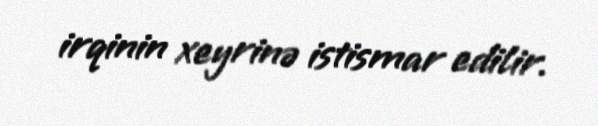
irqinin xeyrinə istismar edilir.